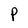
Character: P